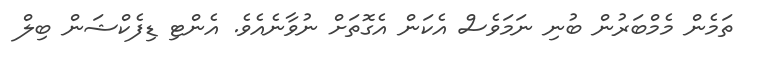
ތަމެން މެމްބަރުން ބުނި ނަމަވެސް އެކަން އެގޮތަށް ނުވާނެއެވެ. އެންޓި ޑިފެކްޝަން ބިލް